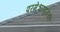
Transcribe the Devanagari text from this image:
परमेश्वरपूजेचीं